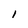
Character: 1